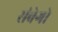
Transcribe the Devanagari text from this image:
संवेगो